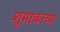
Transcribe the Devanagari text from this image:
शूमाकरच्या